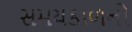
સમયકાળનો